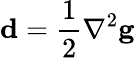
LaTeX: \mathbf{d}=\frac{1}{2}\nabla^{2}\mathbf{g}